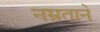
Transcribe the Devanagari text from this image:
नम्रताने